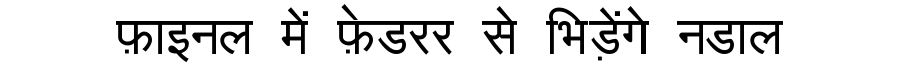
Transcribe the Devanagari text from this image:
फ़ाइनल में फ़ेडरर से भिड़ेंगे नडाल